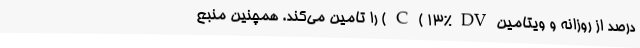
درصد از روزانه و ویتامین C ( 13% DV ) را تامین می‌کند. همچنین منبع